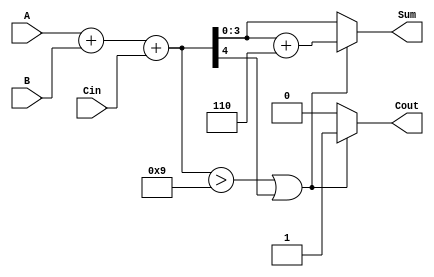
module BCD_Adder (
    input [3:0] A,      // First BCD digit
    input [3:0] B,      // Second BCD digit
    input Cin,          // Carry input
    output reg [3:0] Sum, // BCD result
    output reg Cout      // Carry output
);

    wire [4:0] binary_sum; // 5-bit wire to hold the binary sum
    wire correction_needed; // Flag for correction logic

    // Step 1: Perform binary addition
    assign binary_sum = A + B + Cin;

    // Step 2: Determine if correction is needed
    assign correction_needed = (binary_sum > 9) || binary_sum[4];

    // Step 3: Calculate the BCD sum with correction
    always @(*) begin
        if (correction_needed) begin
            Sum = binary_sum[3:0] + 4'b0110; // Add 6 for correction
            Cout = 1; // Set carry out
        end else begin
            Sum = binary_sum[3:0]; // No correction needed
            Cout = 0; // No carry out
        end
    end

endmodule